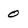
Character: 0